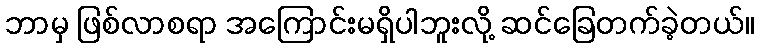
ဘာမှ ဖြစ်လာစရာ အကြောင်းမရှိပါဘူးလို့ ဆင်ခြေတက်ခဲ့တယ်။